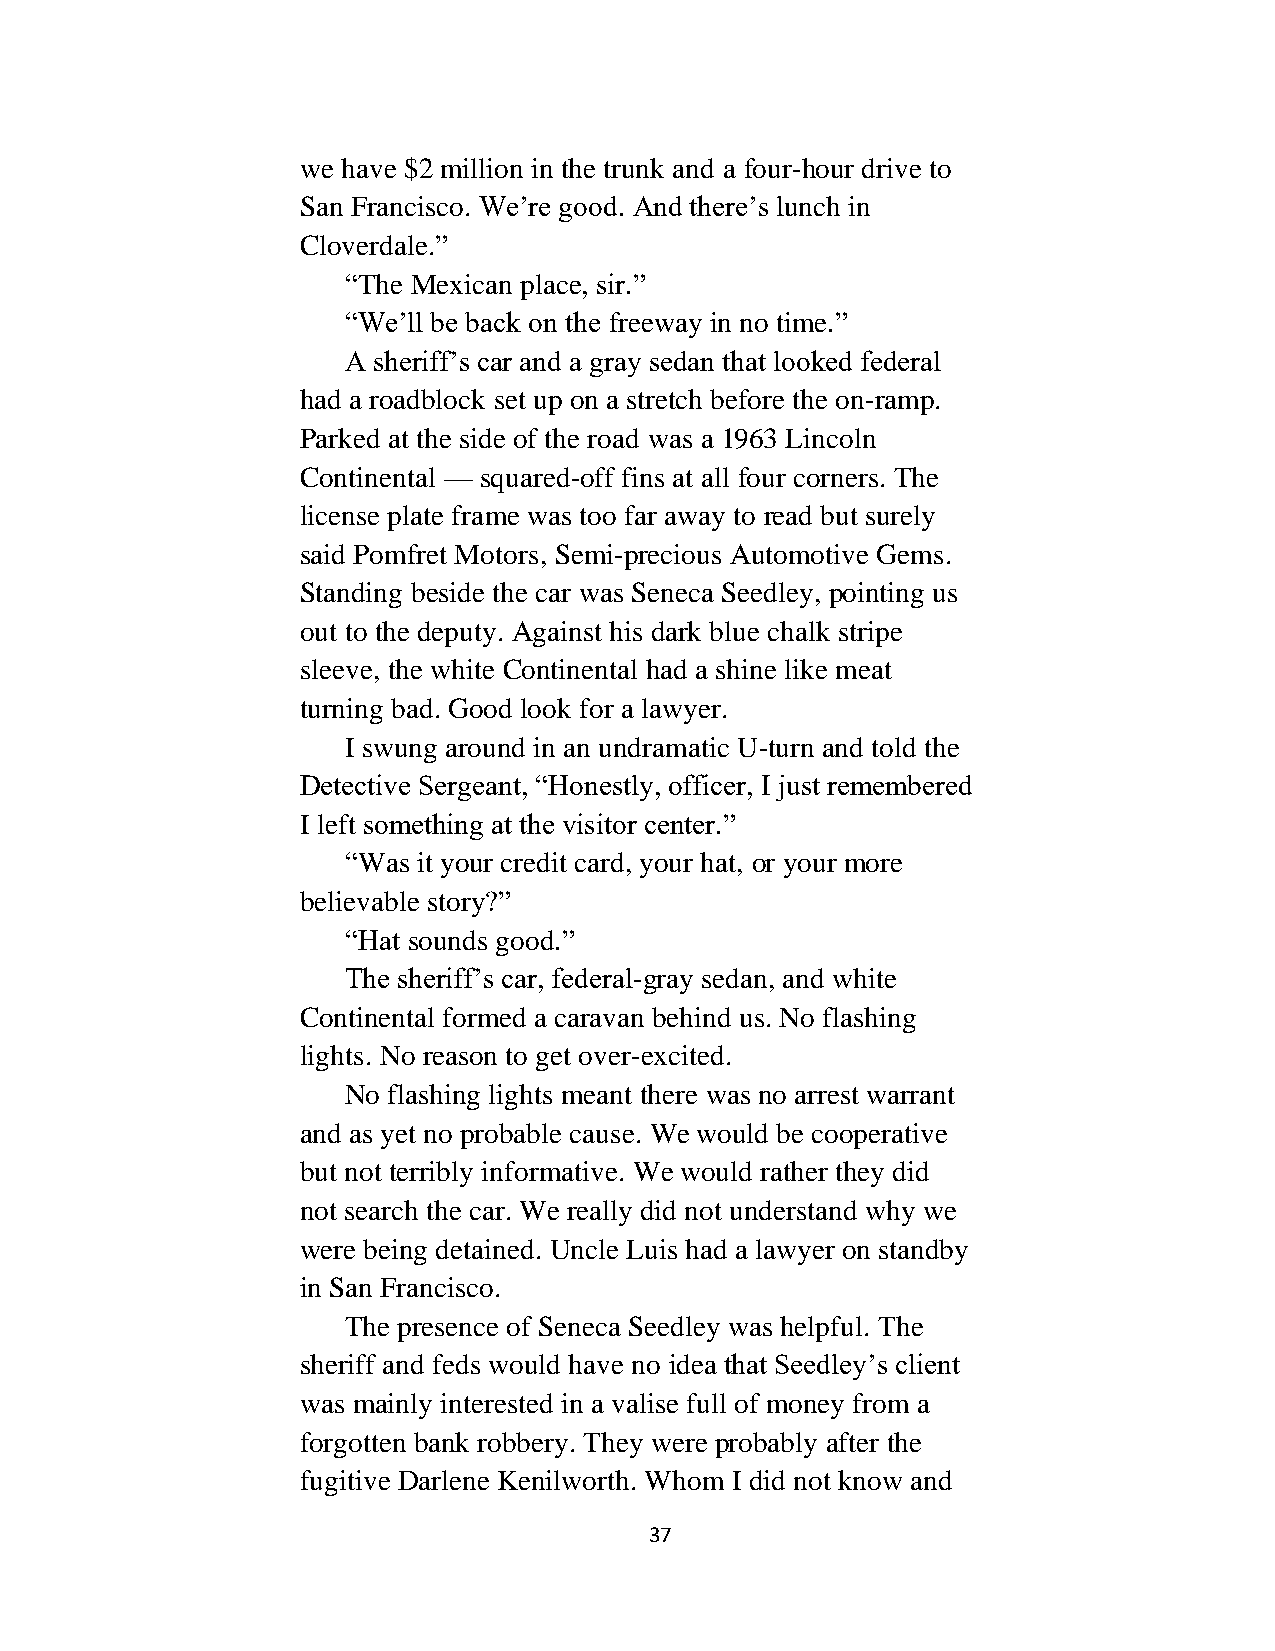
we have $2 million in the trunk and a four-hour drive to
 San Francisco. We’re good. And there’s lunch in
 Cloverdale.”
 “The Mexican place, sir.”
 “We’ll be back on the freeway in no time.”
 A sheriff’s car and a gray sedan that looked federal
 had a roadblock set up on a stretch before the on-ramp.
 Parked at the side of the road was a 1963 Lincoln
 Continental — squared-off fins at all four corners. The
 license plate frame was too far away to read but surely
 said Pomfret Motors, Semi-precious Automotive Gems.
 Standing beside the car was Seneca Seedley, pointing us
 out to the deputy. Against his dark blue chalk stripe
 sleeve, the white Continental had a shine like meat
 turning bad. Good look for a lawyer.
 I swung around in an undramatic U-turn and told the
 Detective Sergeant, “Honestly, officer, I just remembered
 I left something at the visitor center.”
 “Was it your credit card, your hat, or your more
 believable story?”
 “Hat sounds good.”
 The sheriff’s car, federal-gray sedan, and white
 Continental formed a caravan behind us. No flashing
 lights. No reason to get over-excited.
 No flashing lights meant there was no arrest warrant
 and as yet no probable cause. We would be cooperative
 but not terribly informative. We would rather they did
 not search the car. We really did not understand why we
 were being detained. Uncle Luis had a lawyer on standby
 in San Francisco.
 The presence of Seneca Seedley was helpful. The
 sheriff and feds would have no idea that Seedley’s client
 was mainly interested in a valise full of money from a
 forgotten bank robbery. They were probably after the
 fugitive Darlene Kenilworth. Whom I did not know and
 37